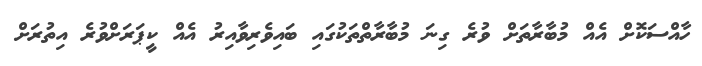
ހާއްސަކޮށް އެއް މުބާރާތަށް ވުރެ ގިނަ މުބާރާތްތަކުގައި ބައިވެރިވާއިރު އެއް ކީޕަރަށްވުރެ އިތުރަށް